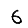
Digit: 6